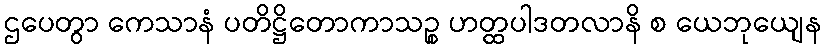
ဌပေတွာ ကေသာနံ ပတိဋ္ဌိတောကာသဉ္စ ဟတ္ထပါဒတလာနိ စ ယေဘုယျေန